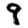
Digit: 9